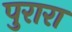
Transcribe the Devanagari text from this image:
पुरारा